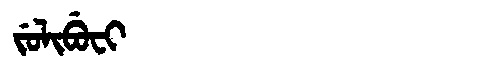
Manchu: ᠵᡠᠯᡳᠪᡠᠸᡳ
Romanization: JULIBUFI